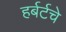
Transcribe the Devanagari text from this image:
हर्बर्टचे